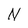
Character: N